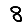
Digit: 8